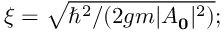
\xi = \sqrt { \hbar ^ { 2 } / ( 2 g m \lvert A _ { \bf 0 } \rvert ^ { 2 } ) } ;